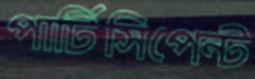
পার্টিসিপেন্ট